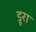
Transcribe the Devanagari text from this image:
डूरा